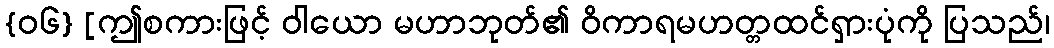
{၀၆} [ဤစကားဖြင့် ဝါယော မဟာဘုတ်၏ ဝိကာရမဟတ္တထင်ရှားပုံကို ပြသည်၊